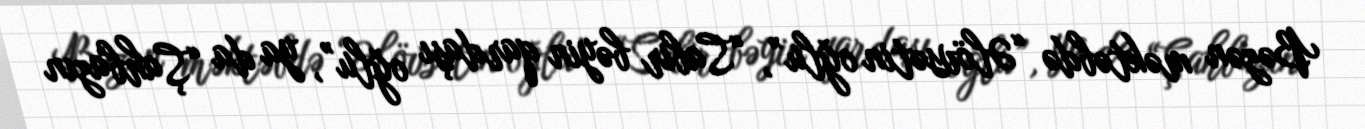
Bəzən məktəbdə “Əlövsətin oğlu”, “Sabir bəyin qardaşı oğlu”, ya da “Şahbazın